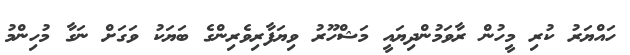
ހައްޔަރު ކުރި މީހުން ރާވަމުންދިޔައީ މަޝްހޫރު ވިޔަފާރިވެރިންގެ ބަޔަކު ވަަގަށް ނަގާ މުހިންމު